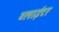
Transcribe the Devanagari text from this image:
ब्लाईटर